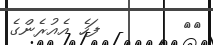
٥٥        ފަހެ އެއުރެންގެ